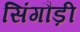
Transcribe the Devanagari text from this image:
सिंगौड़ी